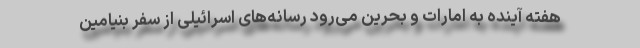
هفته آینده به امارات و بحرین می‌رود رسانه‌های اسرائیلی از سفر بنیامین